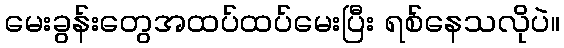
မေးခွန်းတွေအထပ်ထပ်မေးပြီး ရစ်နေသလိုပဲ။